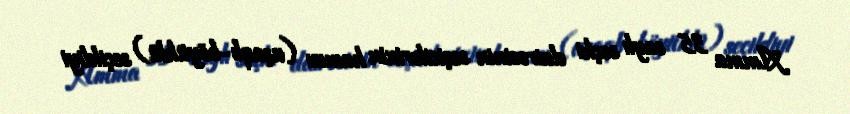
Amma 35 saylı seçki dairəsinin seçicilərinin hamısı (uşaqlı-böyüklü) seçildiyi